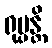
ရုပ္ပန္တိ